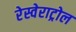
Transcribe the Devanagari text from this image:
रेस्वेराट्रोल